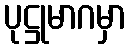
ပုဋ္ဌုမာဂမှာ